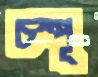
চম্পূ